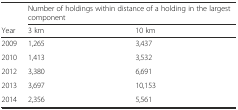
|  | <COLSPAN=2> Number of holdings within distance of a holding in the largest component |
 | Year | 3 km | 10 km |
 | --- | --- | --- |
 | 2009 | 1,265 | 3,437 |
 | 2010 | 1,413 | 3,532 |
 | 2012 | 3,380 | 6,691 |
 | 2013 | 3,697 | 10,153 |
 | 2014 | 2,356 | 5,561 |